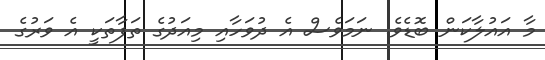
މާ އައުލާކަން ބޮޑެވެ. ނަމަވެސް އެ ދުވަހާއި މިއަދުގެ ތަފާތަކީ އެ ވަރުގެ